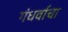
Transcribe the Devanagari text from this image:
गंधर्वाचा